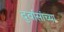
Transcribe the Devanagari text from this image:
दुर्वासांच्या